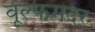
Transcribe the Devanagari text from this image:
वूल्‍फमदर